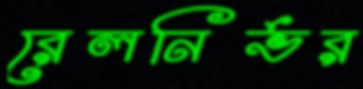
রেলনির্ভর